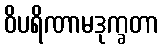
ဝိပရိဏာမဒုက္ခတာ